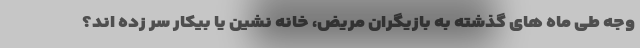
وجه طی ماه های گذشته به بازیگران مریض، خانه نشین یا بیکار سر زده اند؟